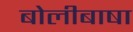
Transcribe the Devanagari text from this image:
बोलीबाषा